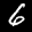
Label: 6